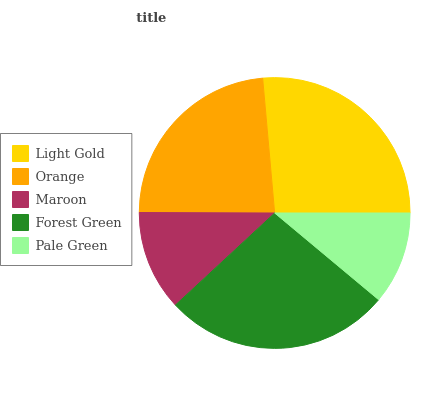
| Light Gold | Orange | Maroon | Forest Green | Pale Green |
 | --- | --- | --- | --- | --- |
 | 26.4% | 23.5% | 11.9% | 27% | 11.1% |